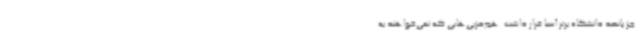
جز پانصد دانشگاه برتر آسیا قرار داشت. هم‌حزبی‌هایی که نمی‌خواهند به